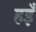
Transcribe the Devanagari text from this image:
हइँ